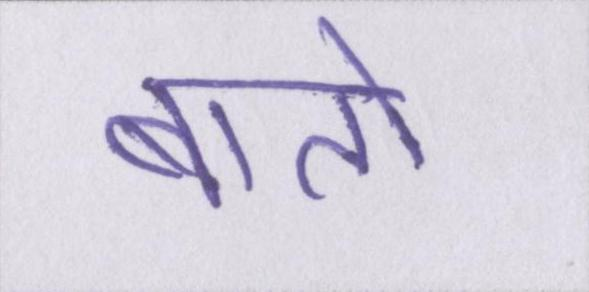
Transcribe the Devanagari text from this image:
बातो